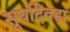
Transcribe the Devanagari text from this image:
सूर्यादेवड़ा